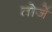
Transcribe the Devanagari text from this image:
तोर्जे